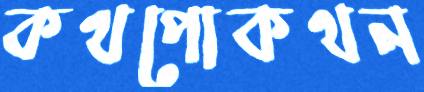
কথপোকথন